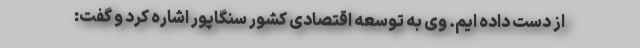
از دست داده ایم. وی به توسعه اقتصادی کشور سنگاپور اشاره کرد و گفت: